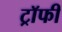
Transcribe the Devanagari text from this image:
ट्राॅफी